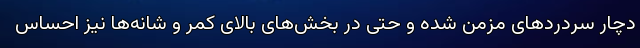
دچار سردردهای مزمن شده و حتی در بخش‌های بالای کمر و شانه‌ها نیز احساس